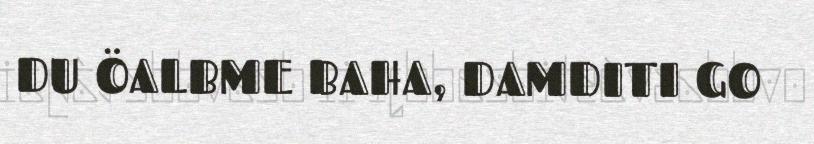
DU ÖALBME BAHA, DAMDITI GO